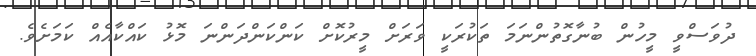
ދުވަސްވީ މީހުން ބުނާގޮތުންނަމަ ތަކުރަކީ ވަރަށް މީރުކޮށް ކަންކަންދަންނަ މޮޅު ކައްކާއެއް ކަމަށެވެ.